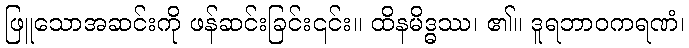
ဖြူသောအဆင်းကို ဖန်ဆင်းခြင်း၎င်း။ ထိနမိဒ္ဓဿ၊ ၏။ ဒူရဘာဝကရဏံ၊